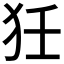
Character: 狅